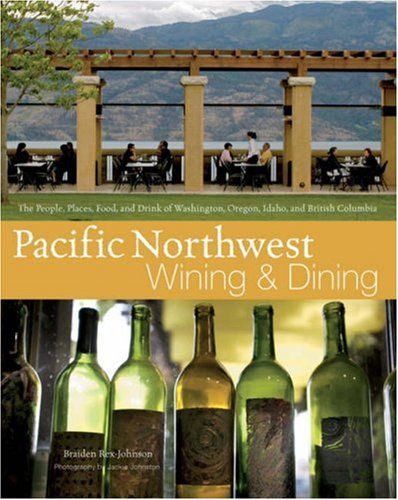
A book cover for Pacific Northwest Wining and Dining: The People, Places, Food, and Drink of Washington, Oregon, Idaho, and British Columbia; Braiden Rex-Johnson; Cookbooks, Food & Wine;